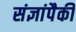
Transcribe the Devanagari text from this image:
संज्ञांपैकी